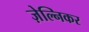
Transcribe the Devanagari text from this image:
ज़ेल्निकर